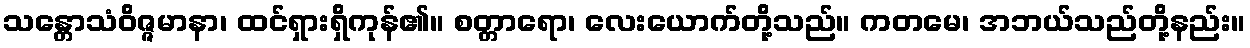
သန္တောသံဝိဇ္ဇမာနာ၊ ထင်ရှားရှိကုန်၏။ စတ္တာရော၊ လေးယောက်တို့သည်။ ကတမေ၊ အဘယ်သည်တို့နည်း။